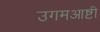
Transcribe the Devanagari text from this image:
उगमआष्टी